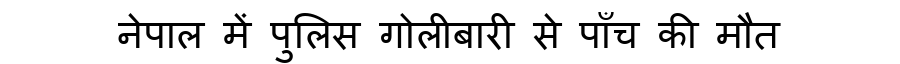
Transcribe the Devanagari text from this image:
नेपाल में पुलिस गोलीबारी से पाँच की मौत